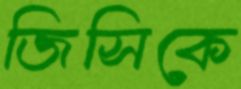
জিসিকে